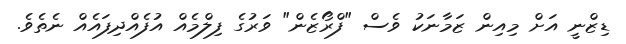
ޑިޒްނީ އަށް މިއިން ޒަމާނަކު ވެސް "ފްރޯޒެން" ވަރުގެ ފިލްމެއް އުފެއްދިފައެއް ނެތެވެ.